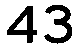
43